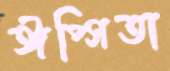
ঈপ্সিতা